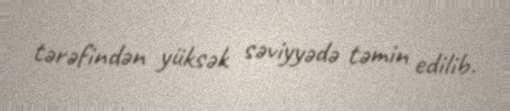
tərəfindən yüksək səviyyədə təmin edilib.